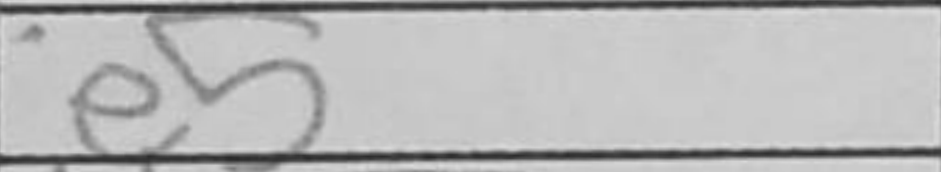
Transcription: e5